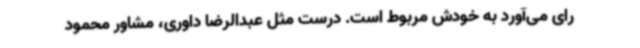
رای می‌آورد به خودش مربوط است. درست مثل عبدالرضا داوری، مشاور محمود